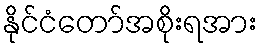
နိုင်ငံတော်အစိုးရအား